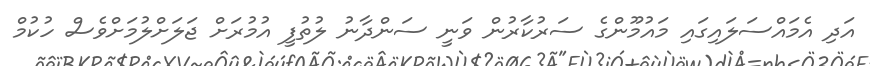
އަދި އެމައްސަލައިގައި މައުމޫންގެ ސަރުކާރުން ވަނީ ސަންދާނު ލުތުފީ އުމުރަށް ޖަލަށްލުމަށްވެސް ހުކުމް